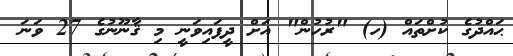
ޙައްދުގެ ކުށްތައް (ހ) "ރުހުން" އަށް ދީފައިވަނީ މި ޤާނޫނުގެ 27 ވަނަ